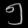
Digit: ၅